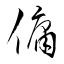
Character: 傭